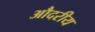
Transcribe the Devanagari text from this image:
औदरीय